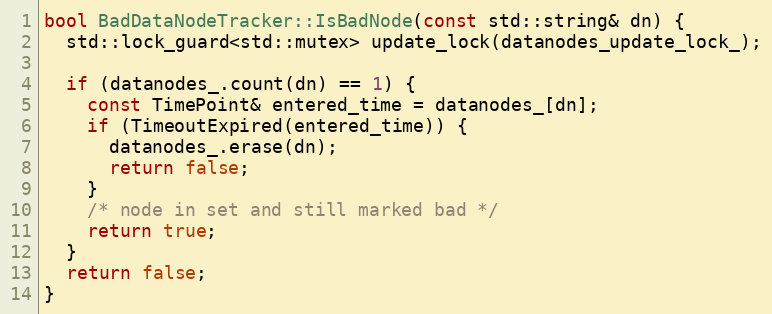
Language: C++
bool BadDataNodeTracker::IsBadNode(const std::string& dn) {
  std::lock_guard<std::mutex> update_lock(datanodes_update_lock_);

  if (datanodes_.count(dn) == 1) {
    const TimePoint& entered_time = datanodes_[dn];
    if (TimeoutExpired(entered_time)) {
      datanodes_.erase(dn);
      return false;
    }
    /* node in set and still marked bad */
    return true;
  }
  return false;
}